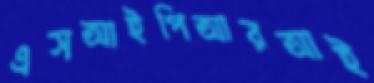
এসআইপিআরআই